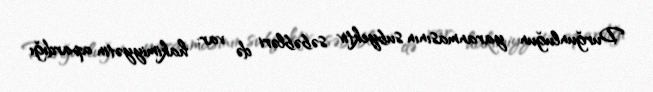
Durğunluğun yaranmasının subyektiv səbəbləri də var: hakimiyyətin apardığı